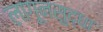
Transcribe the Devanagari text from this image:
लागूनसुद्धा